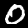
Label: 0